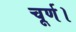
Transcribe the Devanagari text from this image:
चूर्ण।